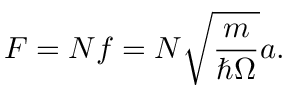
F = N f = N \sqrt { \frac { m } { \hbar \Omega } } a .